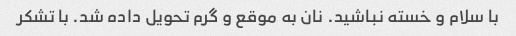
با سلام و خسته نباشید. نان به موقع و گرم تحویل داده شد. با تشکر